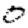
Digit: 0